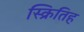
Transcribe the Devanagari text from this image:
स्क्रितिह